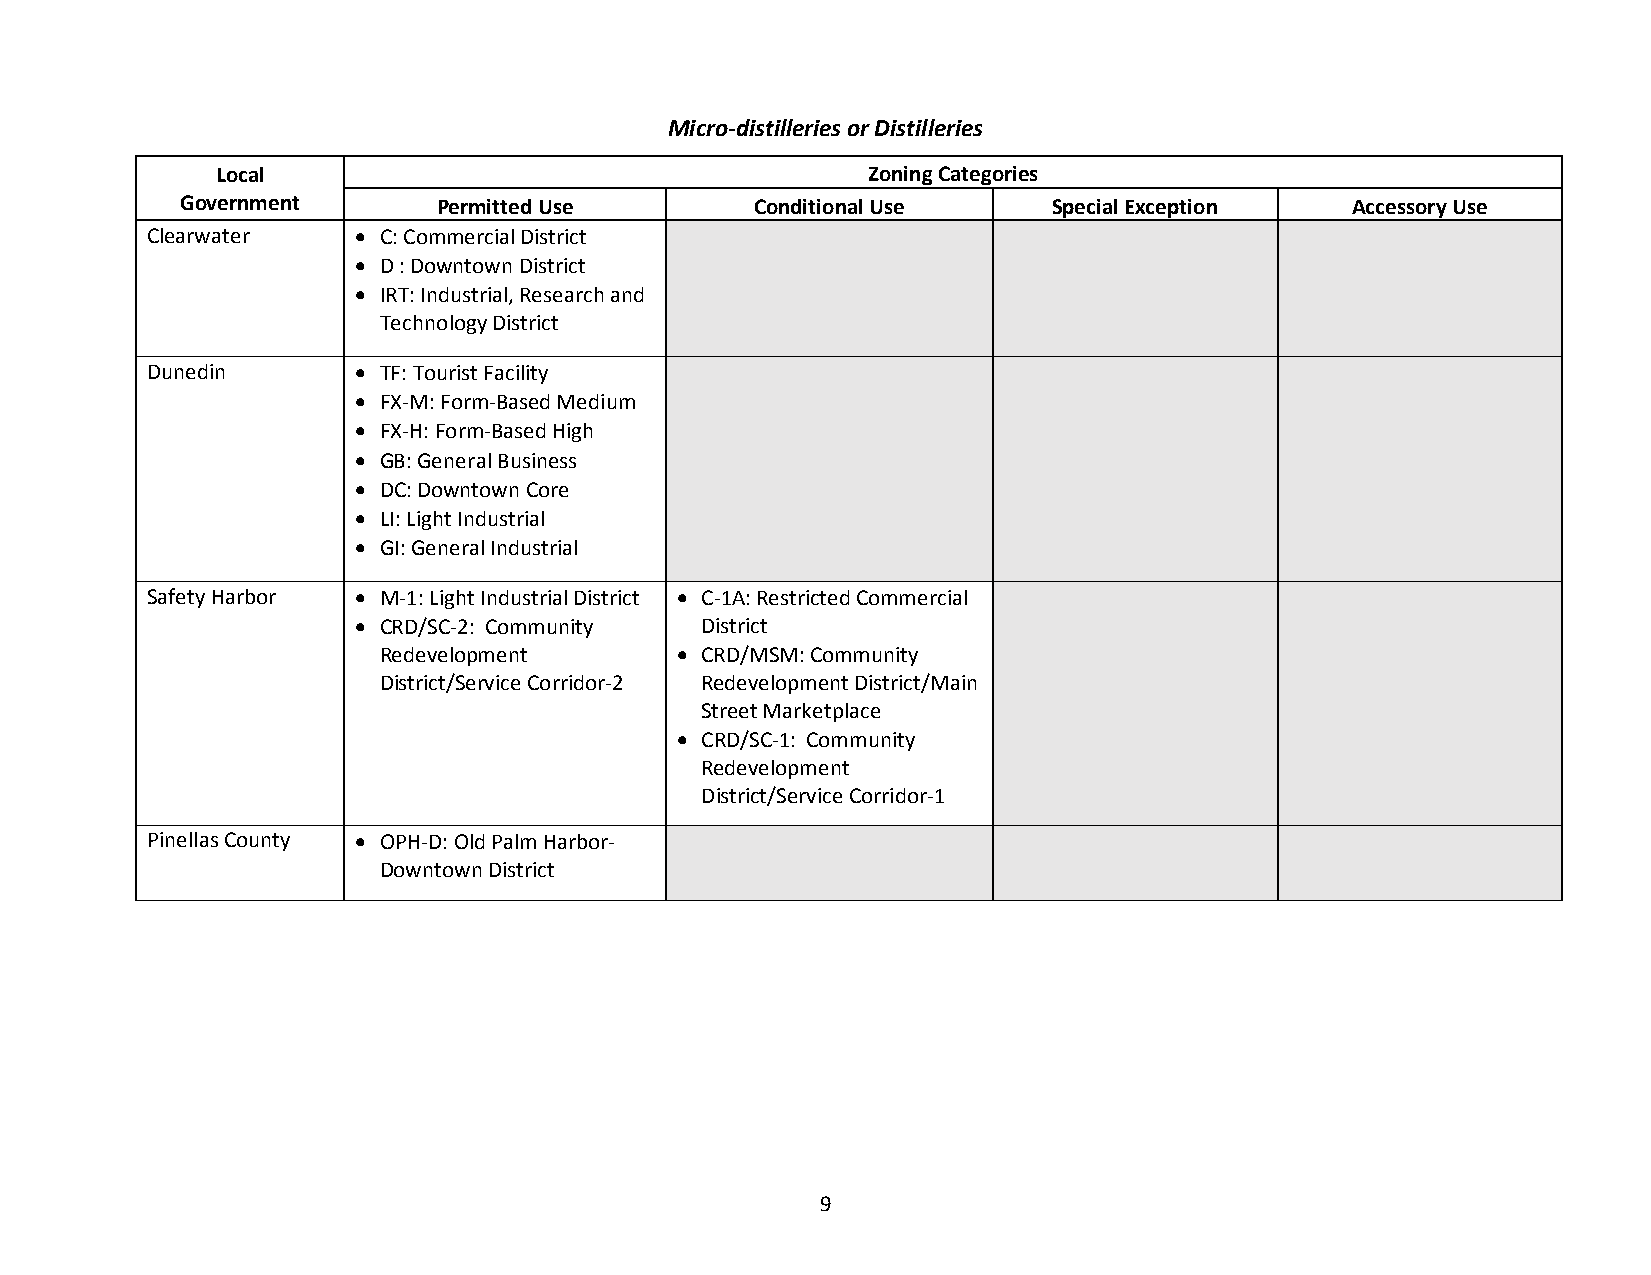
Micro-distilleries or Distilleries
 Local                                      Zoning Categories
 Government       Permitted Use        Conditional Use     Special Exception  Accessory Use
 Clearwater    • C: Commercial District
 • D : Downtown District
 • IRT: Industrial, Research and
 Technology District
 Dunedin       • TF: Tourist Facility
 • FX-M: Form-Based Medium
 • FX-H: Form-Based High
 • GB: General Business
 • DC: Downtown Core
 • LI: Light Industrial
 • GI: General Industrial
 Safety Harbor • M-1: Light Industrial District • C-1A: Restricted Commercial
 • CRD/SC-2: Community District
 Redevelopment       • CRD/MSM: Community
 District/Service Corridor-2 Redevelopment District/Main
 Street Marketplace
 • CRD/SC-1: Community
 Redevelopment
 District/Service Corridor-1
 Pinellas County • OPH-D: Old Palm Harbor-
 Downtown District
 9